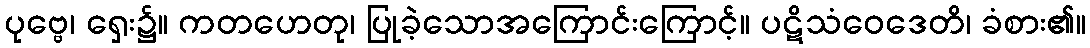
ပုဗ္ဗေ၊ ရှေး၌။ ကတဟေတု၊ ပြုခဲ့သောအကြောင်းကြောင့်။ ပဋိသံဝေဒေတိ၊ ခံစား၏။